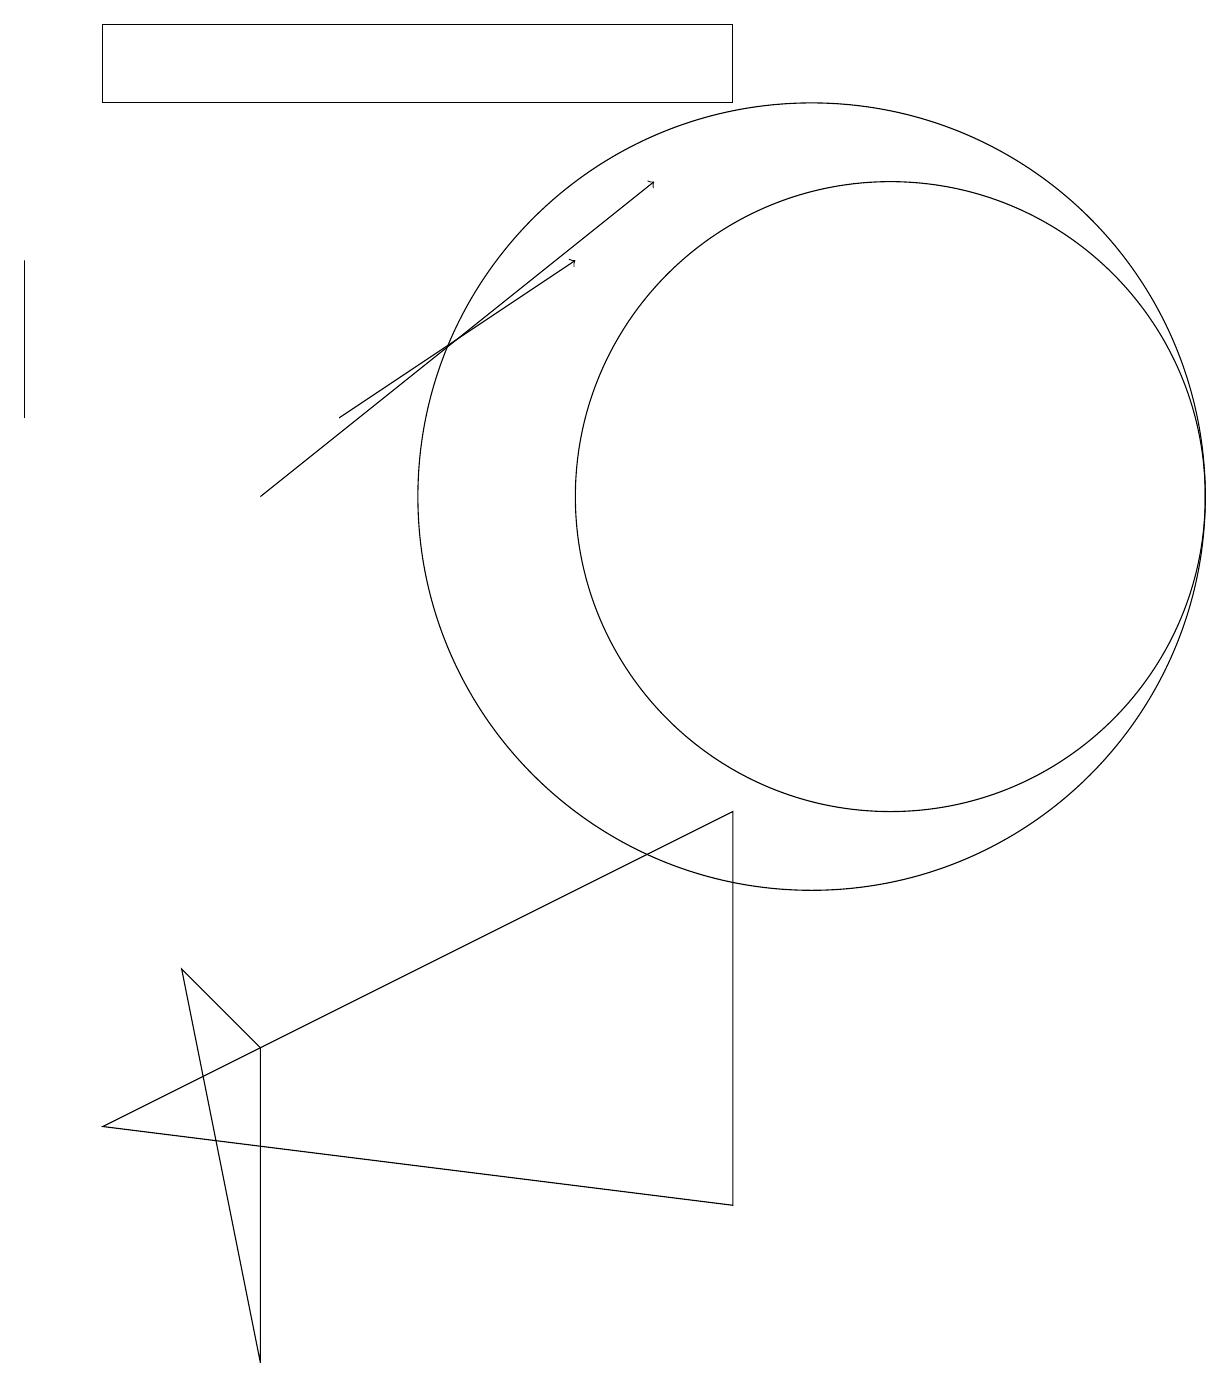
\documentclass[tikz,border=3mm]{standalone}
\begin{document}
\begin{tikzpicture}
\draw (3,0) -- (3,4) -- (2,5) -- cycle;
\draw (10,11) circle (5);
\draw (11,11) circle (4);
\draw (9,16) rectangle (1,17);
\draw (1,3) -- (9,2) -- (9,7) -- cycle;
\draw (0,14) rectangle (0,12);
\draw[->] (3,11) -- (8,15);
\draw[->] (4,12) -- (7,14);
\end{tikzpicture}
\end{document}